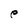
Character: e